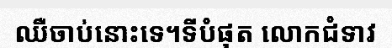
ឈឺចាប់នោះទេ។ទីបំផុត លោកជំទាវ